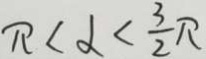
\pi < \alpha < \frac { 3 } { 2 } \pi